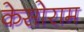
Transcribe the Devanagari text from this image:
केसोराम